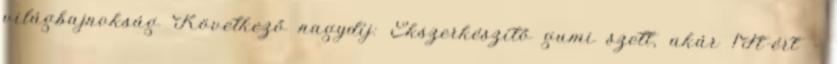
világbajnokság Következő nagydíj: Ékszerkészítő gumi szett, akár 1Ft-ért -